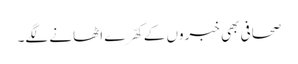
صحافی بھی خبروں کے کھّرے اٹھانے لگے۔